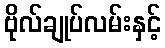
ဗိုလ်ချုပ်လမ်းနှင့်